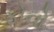
ફોનો